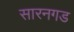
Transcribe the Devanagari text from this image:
सारनगड